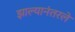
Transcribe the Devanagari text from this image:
झाल्यानंतरले